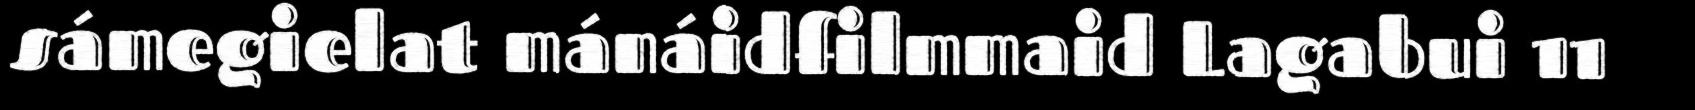
sámegielat mánáidfilmmaid Lagabui 11